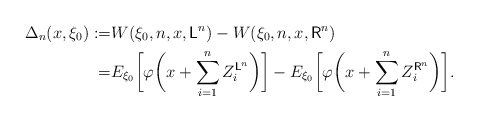
\begin{align*}\Delta_n(x,\xi_0):=&W(\xi_0,n,x,\mathsf{L}^n)-W(\xi_0,n,x,\mathsf{R}^n)\\=&E_{\xi_0}\biggl[\varphi\biggl(x+\sum_{i=1}^{n} Z_i^{\mathsf{L}^n}\biggr)\biggr] - E_{\xi_0}\biggl[\varphi\biggl(x+\sum_{i=1}^{n} Z_i^{\mathsf{R}^n}\biggr)\biggr].\end{align*}